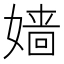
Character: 嫱